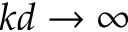
k d \to \infty